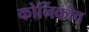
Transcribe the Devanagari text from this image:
कोर्निकोव